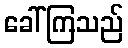
ခေါ်ကြသည်